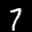
Digit: 7